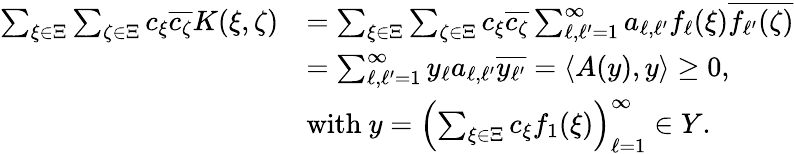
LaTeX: \begin{array}{rl}{\sum_{\xi\in\Xi}\sum_{\zeta\in\Xi}c_{\xi}\overline{{c_{\zeta}}}K(\xi,\zeta)}&{=\sum_{\xi\in\Xi}\sum_{\zeta\in\Xi}c_{\xi}\overline{{c_{\zeta}}}\sum_{\ell,\ell^{\prime}=1}^{\infty}a_{\ell,\ell^{\prime}}f_{\ell}(\xi)\overline{{f_{\ell^{\prime}}(\zeta)}}}\\ &{=\sum_{\ell,\ell^{\prime}=1}^{\infty}y_{\ell}a_{\ell,\ell^{\prime}}\overline{{y_{\ell^{\prime}}}}=\langle A(y),y\rangle\geq 0,}\\ &{\mathrm{with~}y=\left(\sum_{\xi\in\Xi}c_{\xi}f_{1}(\xi)\right)_{\ell=1}^{\infty}\in Y.}\end{array}